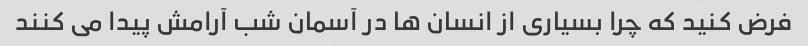
فرض کنید که چرا بسیاری از انسان ها در آسمان شب آرامش پیدا می کنند